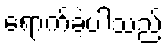
ရောက်ခဲ့ပါသည်